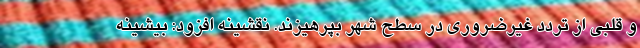
و قلبی از تردد غیرضروری در سطح شهر بپرهیزند. نقشینه افزود: بیشینه